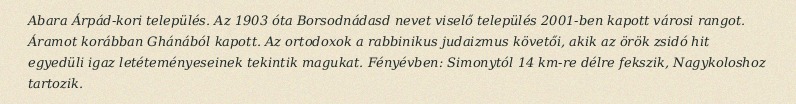
Abara Árpád-kori település. Az 1903 óta Borsodnádasd nevet viselő település 2001-ben kapott városi rangot. Áramot korábban Ghánából kapott. Az ortodoxok a rabbinikus judaizmus követői, akik az örök zsidó hit egyedüli igaz letéteményeseinek tekintik magukat. Fényévben: Simonytól 14 km-re délre fekszik, Nagykoloshoz tartozik.